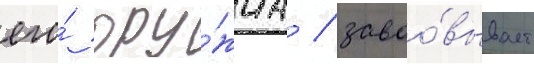
его́ ору́жиа / завоо́вывает